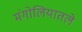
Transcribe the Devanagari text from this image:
मंगोलियातले